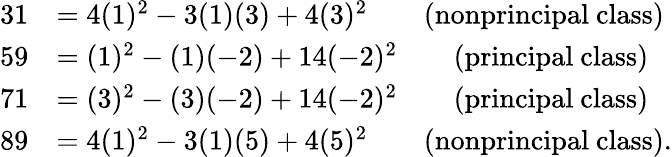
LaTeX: \begin{array}{rl}{31}&{=4(1)^{2}-3(1)(3)+4(3)^{2}\qquad\mathrm{(nonprincipal\ class)}}\\ {59}&{=(1)^{2}-(1)(-2)+14(-2)^{2}\qquad\mathrm{(principal\ class)}}\\ {71}&{=(3)^{2}-(3)(-2)+14(-2)^{2}\qquad\mathrm{(principal\ class)}}\\ {89}&{=4(1)^{2}-3(1)(5)+4(5)^{2}\qquad\mathrm{(nonprincipal\ class)}.}\end{array}